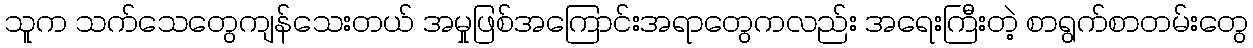
သူက သက်သေတွေကျန်သေးတယ် အမှုဖြစ်အကြောင်းအရာတွေကလည်း အရေးကြီးတဲ့ စာရွက်စာတမ်းတွေ